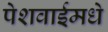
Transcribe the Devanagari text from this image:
पेशवाईमधे